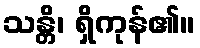
သန္တိ၊ ရှိကုန်၏။